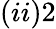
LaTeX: (ii)2